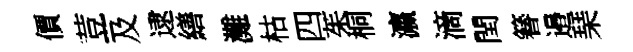
價荳及逮繕灘枯四茱桐瀛滴閏簮邉琹